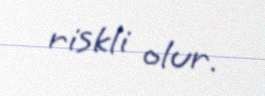
riskli olur.